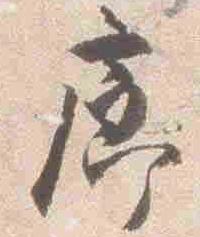
廊